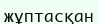
жұптасқан